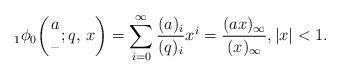
LaTeX: \begin{align*}{}_{1}\phi_{0} \biggl(\genfrac..{0pt}{}{a}{\mbox{--}};q,\,x\biggr) = \sum_{i = 0}^{\infty} \frac{(a)_{i}}{(q)_{i}} x^{i} = \frac{(a x)_{\infty}}{(x)_{\infty}}, \lvert x \rvert < 1. \end{align*}